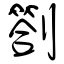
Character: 劄